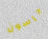
جاسون